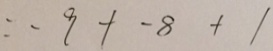
= - 9 + - 8 + 1